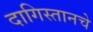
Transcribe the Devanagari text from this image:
दागिस्तानचे